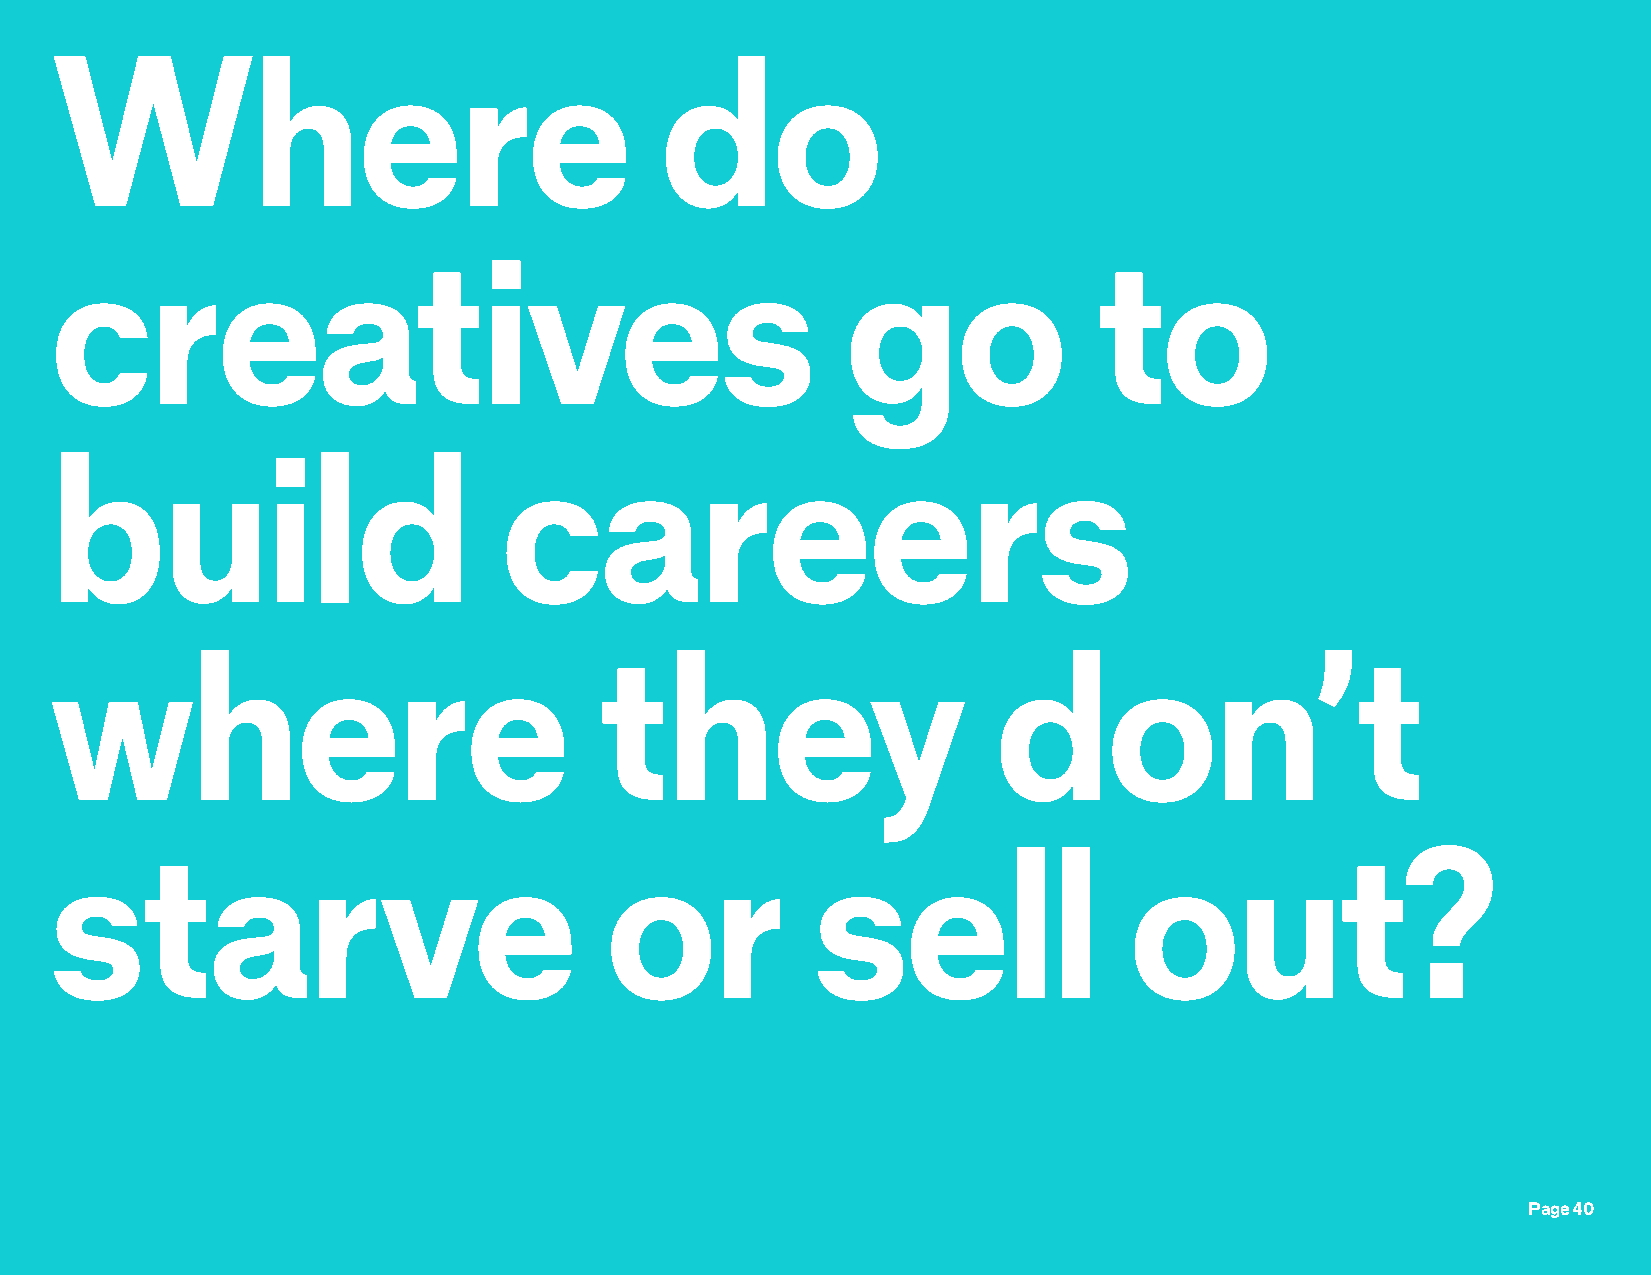
Where                                    do
 creatives                                            go              to
 build                         careers
 where                               they                       don’t
 starve                               or            sell                 out?
 Page 40